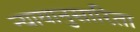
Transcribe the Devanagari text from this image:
न्यायानुसारिता